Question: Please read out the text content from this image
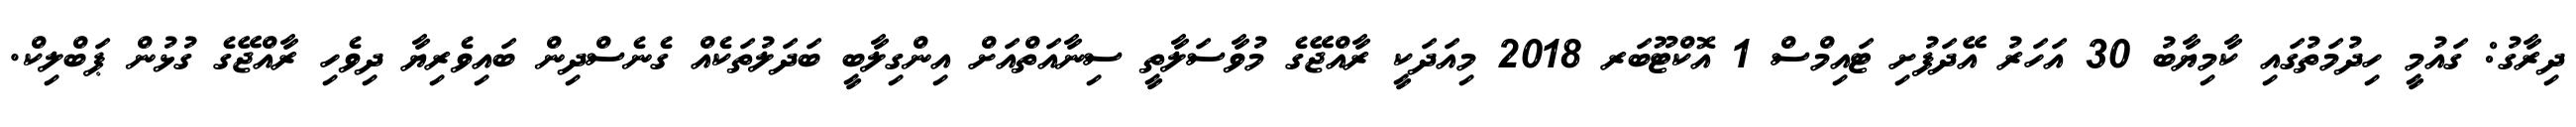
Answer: ދިރާގު: ގައުމީ ހިދުމަތުގައި ކާމިޔާބު 30 އަހަރު އޭދަފުށި ޓައިމްސް 1 އޮކްޓޫބަރ 2018 މިއަދަކީ ރާއްޖޭގެ މުވާސަލާތީ ސިނާއަތްއަށް އިންގިލާބީ ބަދަލުތަކެއް ގެނެސްދިން ބައިވެރިޔާ ދިވެހި ރާއްޖޭގެ ގުޅުން ޕަބްލިކް.